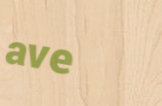
ave